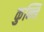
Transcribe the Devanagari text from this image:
कुन्नि